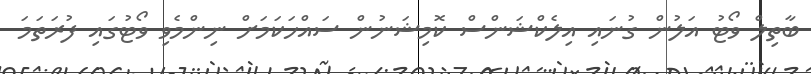
ބާތިލް ވޯޓު އަލުން ގުނައި އިލެކްޝަންސް ކޮމިޝަނުން ސައްހަކަމަށް ނިންމެވި ވޯޓުގައި ފުރަތަމަ